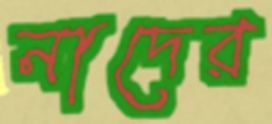
নাদের